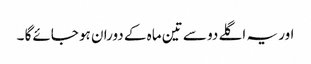
اور یہ اگلے دو سے تین ماہ کے دوران ہو جائےگا ۔